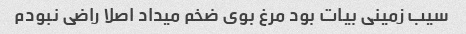
سیب زمینی بیات بود مرغ بوی ضخم میداد اصلا راضی نبودم